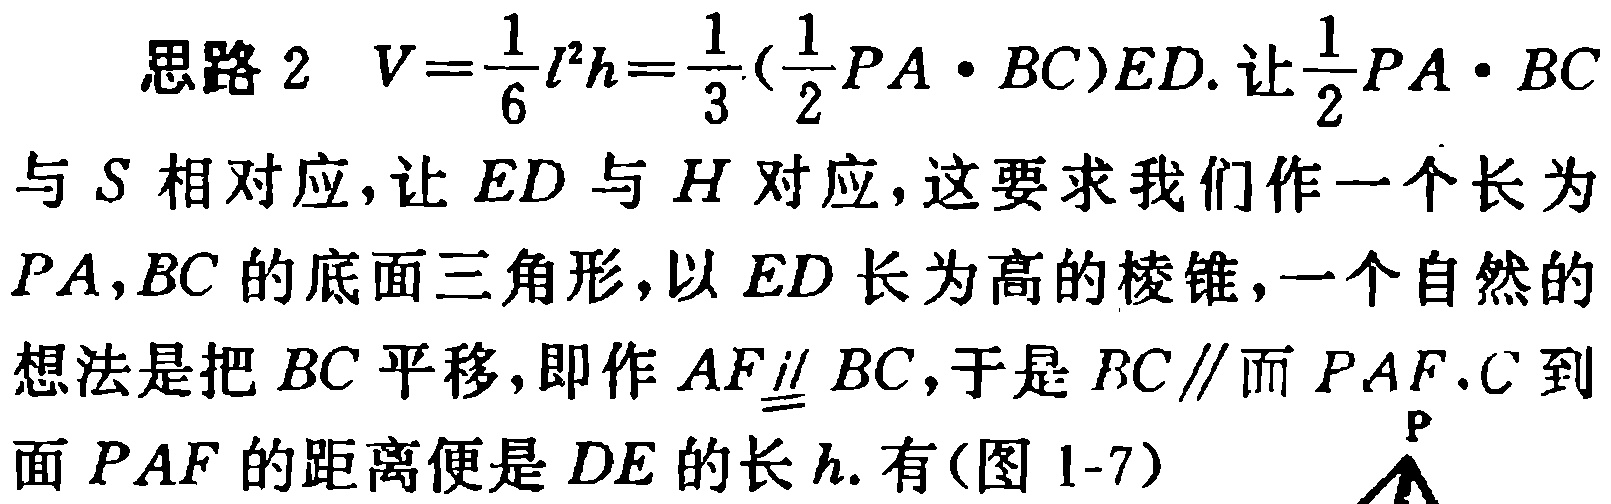
思路 2 \(V = \frac{1}{6}l^{2}h=\frac{1}{3}(\frac{1}{2}PA\cdot BC)ED\). 让\(\frac{1}{2}PA\cdot BC\)与\(S\)相对应, 让\(ED\)与\(H\)对应, 这要求我们作一个长为\(PA,BC\)的底面三角形, 以\(ED\)长为高的棱锥, 一个自然的想法是把\(BC\)平移, 即作\(AF\underline{\underline{\parallel}} BC\), 于是\(BC\parallel\)面\(PAF\), \(C\)到面\(PAF\)的距离便是\(DE\)的长\(h\). 有(图 1-7)